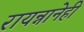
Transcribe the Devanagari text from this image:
रायन्नानेही